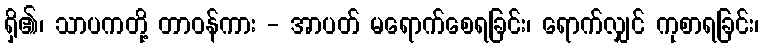
ရှိ၏၊ သာပကတို့ တာဝန်ကား - အာပတ် မရောက်စေရခြင်း၊ ရောက်လျှင် ကုစာရခြင်း၊